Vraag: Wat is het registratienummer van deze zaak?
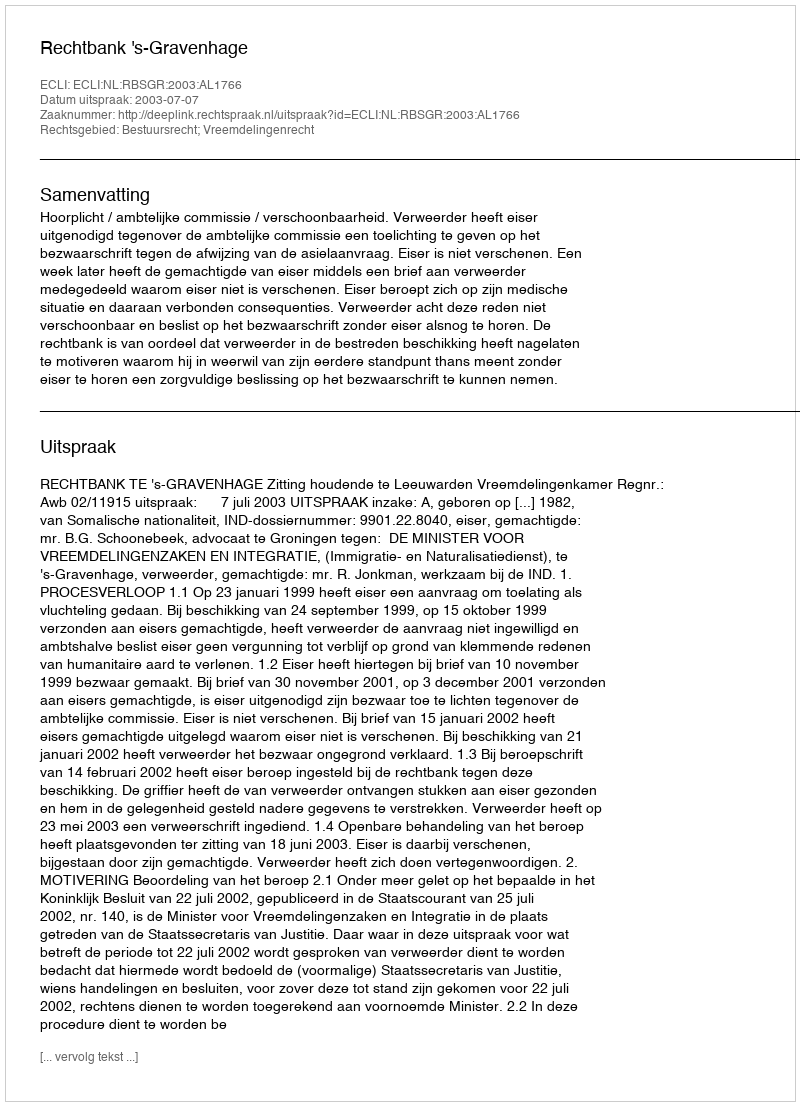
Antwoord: http://deeplink.rechtspraak.nl/uitspraak?id=ECLI:NL:RBSGR:2003:AL1766